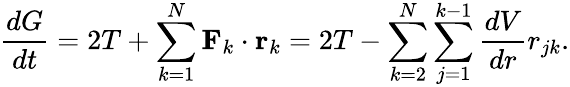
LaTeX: {\frac{dG}{dt}}=2T+\sum_{k=1}^{N}\mathbf{F}_{k}\cdot\mathbf{r}_{k}=2T-\sum_{k=2}^{N}\sum_{j=1}^{k-1}{\frac{dV}{dr}}r_{jk}.